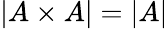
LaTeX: |A\times A|=|A|